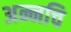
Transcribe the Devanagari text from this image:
अन्नचि